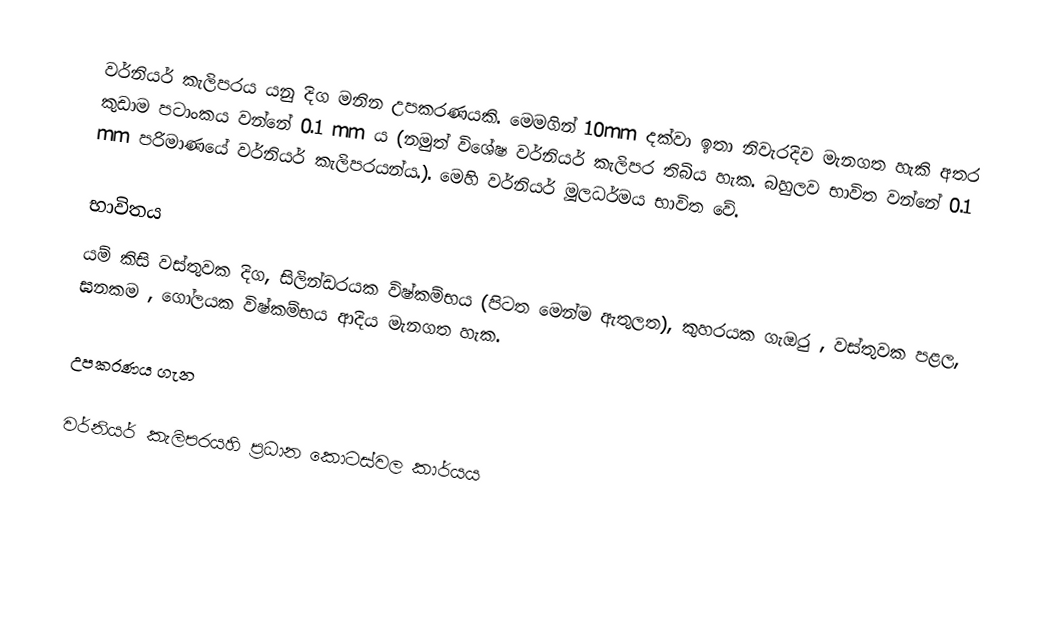
වර්නියර් කැලිපරය යනු දිග මනින උපකරණයකි. මෙමගින් 10mm දක්වා ඉතා නිවැරදිව මැනගත හැකි අතර කුඩාම පටාංකය වන්නේ 0.1 mm ය (නමුත් විශේෂ වර්නියර් කැලිපර තිබිය හැක. බහුලව භාවිත වන්නේ 0.1 mm පරිමාණයේ වර්නියර් කැලිපරයන්ය.). මෙහි වර්නියර් මූලධර්මය භාවිත වේ.

භාවිතය
යම් කිසි වස්තුවක දිග, සිලින්ඩරයක විෂ්කම්භය (පිටත මෙන්ම ඇතුලත), කුහරයක ගැඔුර , වස්තුවක පළල, ඝනකම , ගෝලයක විෂ්කම්භය ආදිය මැනගත හැක.

උපකරණය ගැන

වර්නියර් කැලිපරයහි ප්‍රධාන කොටස්වල කාර්යය